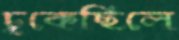
ঢুকেছিলে